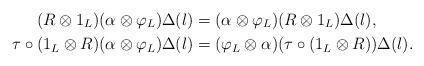
LaTeX: \begin{align*}(R \otimes 1_L)(\alpha \otimes \varphi_L) \Delta(l)&=(\alpha \otimes \varphi_L)(R \otimes 1_L)\Delta(l), \\\tau \circ (1_L \otimes R)(\alpha \otimes \varphi_L) \Delta(l)&=(\varphi_L \otimes \alpha)(\tau \circ (1_L \otimes R))\Delta(l).\end{align*}